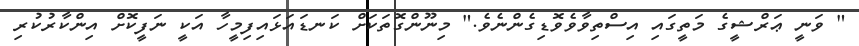
" ވަނީ ޢަރްޝީގެ މަތީގައި އިސްތިވާވެވޮޑިގެންނެވެ." މިނޫންގޮތަކަށް ކަނޑައަޅައިފިމީހާ އަކީ ނަފީކޮށް އިންކާރުކުރި